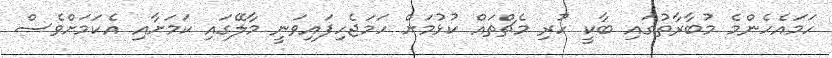
ހަމައެހެންމެ މުބާރާތުގައި ބާކީ ހުރި މެޗްތައް ކުޅުމަށް ހަމަޖެހިފައިވަނީ މާލޭގައި ކަމަށާއި އެކަމަށްވެސް